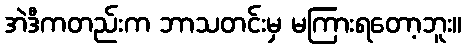
အဲဒီကတည်းက ဘာသတင်းမှ မကြားရတော့ဘူး။